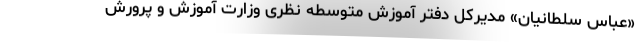
«عباس سلطانیان» مدیرکل دفتر آموزش متوسطه نظری وزارت آموزش و پرورش